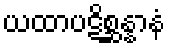
ယထာပဋိစ္ဆန္နာနံ